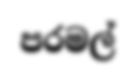
පරමල්